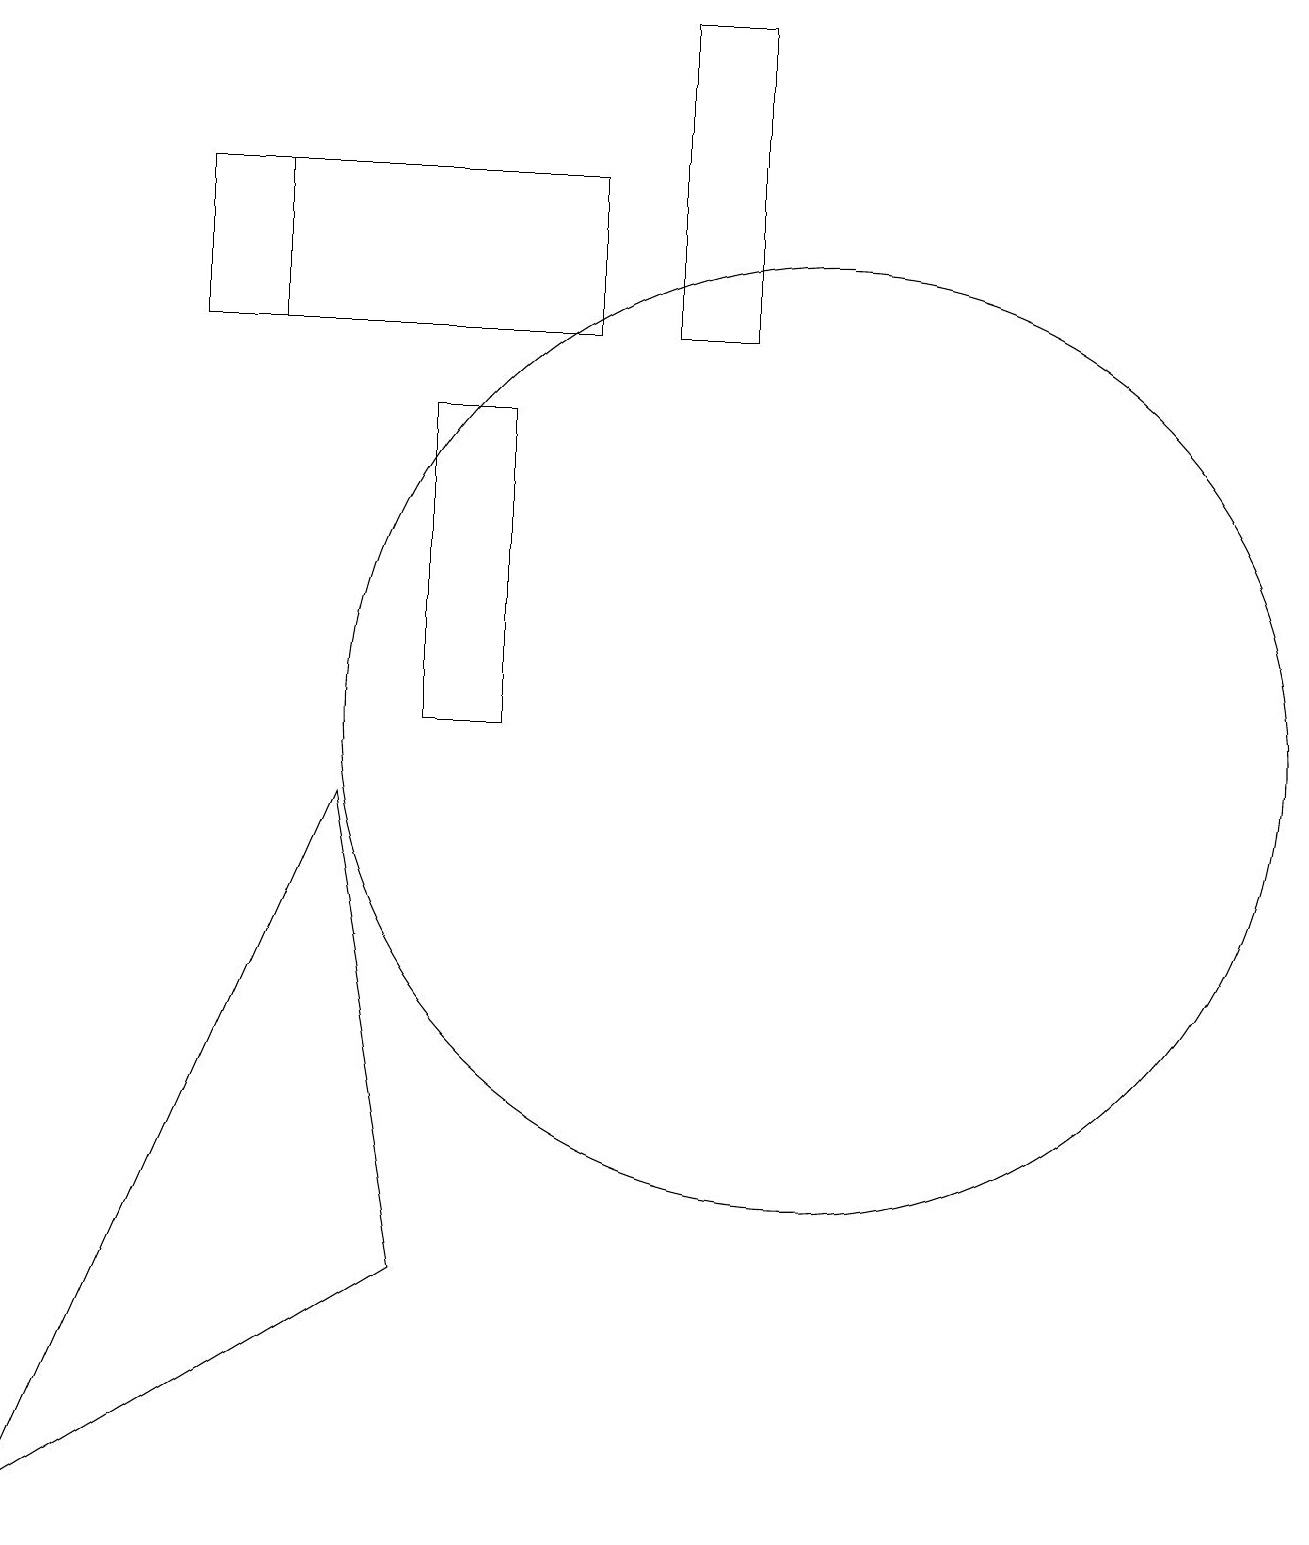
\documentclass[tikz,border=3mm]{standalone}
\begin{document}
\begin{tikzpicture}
\draw (10,10) circle (6);
\draw (10,12) circle (0);
\draw (7,15) rectangle (3,17);
\draw (5,14) rectangle (6,10);
\draw (2,15) rectangle (7,17);
\draw (8,19) rectangle (9,15);
\draw (5,3) -- (4,9) -- (0,0) -- cycle;
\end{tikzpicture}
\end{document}